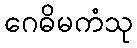
ဂေဓိမကံသု